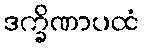
ဒက္ခိဏာပထံ